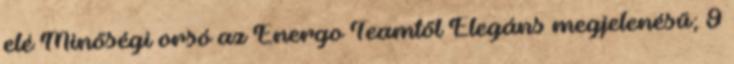
elé Minőségi orsó az Energo Teamtől Elegáns megjelenésű; 9